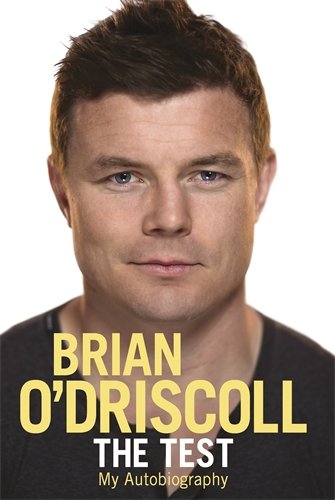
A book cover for The Test; Brian O'driscoll; Sports & Outdoors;